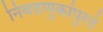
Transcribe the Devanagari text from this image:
निवडणुकांपुरतं